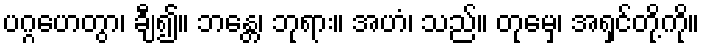
ပဂ္ဂဟေတွာ၊ ချီ၍။ ဘန္တေ၊ ဘုရား။ အဟံ၊ သည်။ တုမှေ၊ အရှင်တို့ကို။